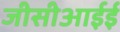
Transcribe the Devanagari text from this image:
जीसीआईई